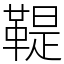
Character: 鞮